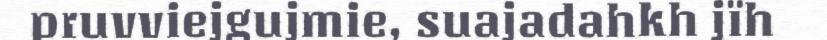
pruvviejgujmie, suajadahkh jïh